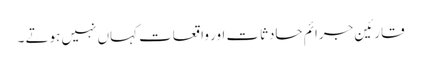
قارئین جرائم حادثات اور واقعات کہاں نہیں ہوتے ۔